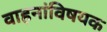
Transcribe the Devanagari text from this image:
वाहनांविषयक